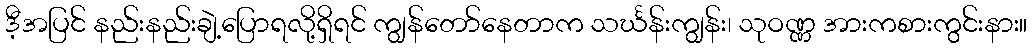
ဒီ့အပြင် နည်းနည်းချဲ့ပြောရလို့ရှိရင် ကျွန်တော်နေတာက သင်္ဃန်းကျွန်း၊ သုဝဏ္ဏ အားကစားကွင်းနား။